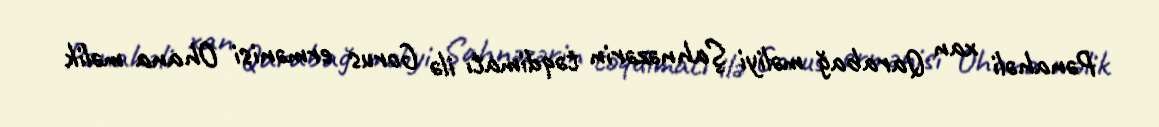
Pənahəli xan Qarabağ məliyi Şahnəzərin təqdimatı ilə Gorus ermənisi Ohana məlik